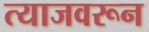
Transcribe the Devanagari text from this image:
त्याजवरून